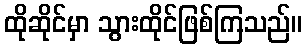
ထိုဆိုင်မှာ သွားထိုင်ဖြစ်ကြသည်။